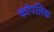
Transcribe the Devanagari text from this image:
कॉपलिक